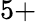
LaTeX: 5+